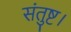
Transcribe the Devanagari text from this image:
संतुष्ट।